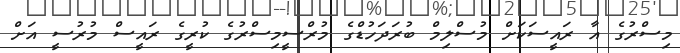
މިސްރުގެ އާ ރައީސަކަށް މުސްލިމް ބުރަދަހުޑްގެ މުރްސީމިސްރުގެ ކުރީގެ ރައީސް މުރުސީ އަށް